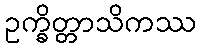
ဥက္ခိတ္တာသိကဿ